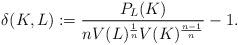
LaTeX: \begin{align*}\delta(K,L) := \frac{P_{L}(K) }{n V(L)^{\frac{1}{n}} V(K)^{\frac{n-1}{n}}} -1 .\end{align*}